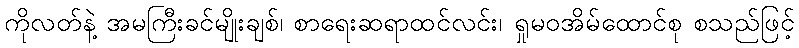
ကိုလတ်နဲ့ အမကြီးခင်မျိုးချစ်၊ စာရေးဆရာထင်လင်း၊ ရှုမဝအိမ်ထောင်စု စသည်ဖြင့်